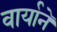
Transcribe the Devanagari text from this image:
वार्याने